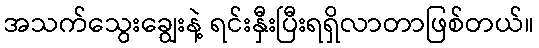
အသက်သွေးချွေးနဲ့ ရင်းနှီးပြီးရရှိလာတာဖြစ်တယ်။